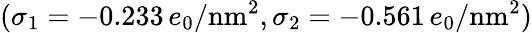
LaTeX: (\sigma_{1}=-0.233\, e_{0}/\textrm{nm}^{2},\sigma_{2}=-0.561\, e_{0}/\textrm{nm}^{2})